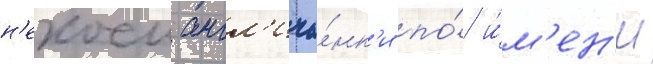
н'екоеи англ'ича́нк'и по́ и́м'ен'и